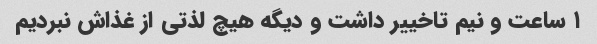
۱ ساعت و نیم تاخییر داشت و دیگه هیچ لذتی از غذاش نبردیم